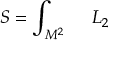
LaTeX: { \cal S } = \int _ { { \cal M } ^ { 2 } } ~ ~ ~ ~ { \cal L } _ { 2 }